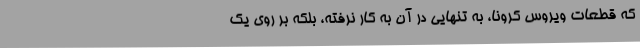
که قطعات ویروس کرونا، به تنهایی در آن به کار نرفته، بلکه بر روی یک